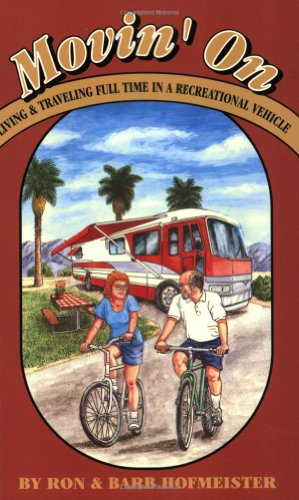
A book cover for Movin' on: Living and Traveling Full-Time in a Recreational Vehicle; Ron Hofmeister; Travel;